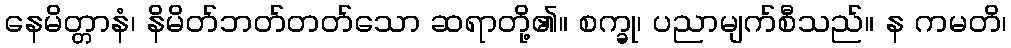
နေမိတ္တာနံ၊ နိမိတ်ဘတ်တတ်သော ဆရာတို့၏။ စက္ခု၊ ပညာမျက်စီသည်။ န ကမတိ၊